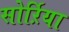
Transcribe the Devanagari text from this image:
सोर्ऱिया